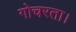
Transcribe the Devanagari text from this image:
गोचरता।